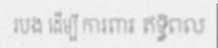
របង ដើម្បី ការពារ ឥទ្ធិពល